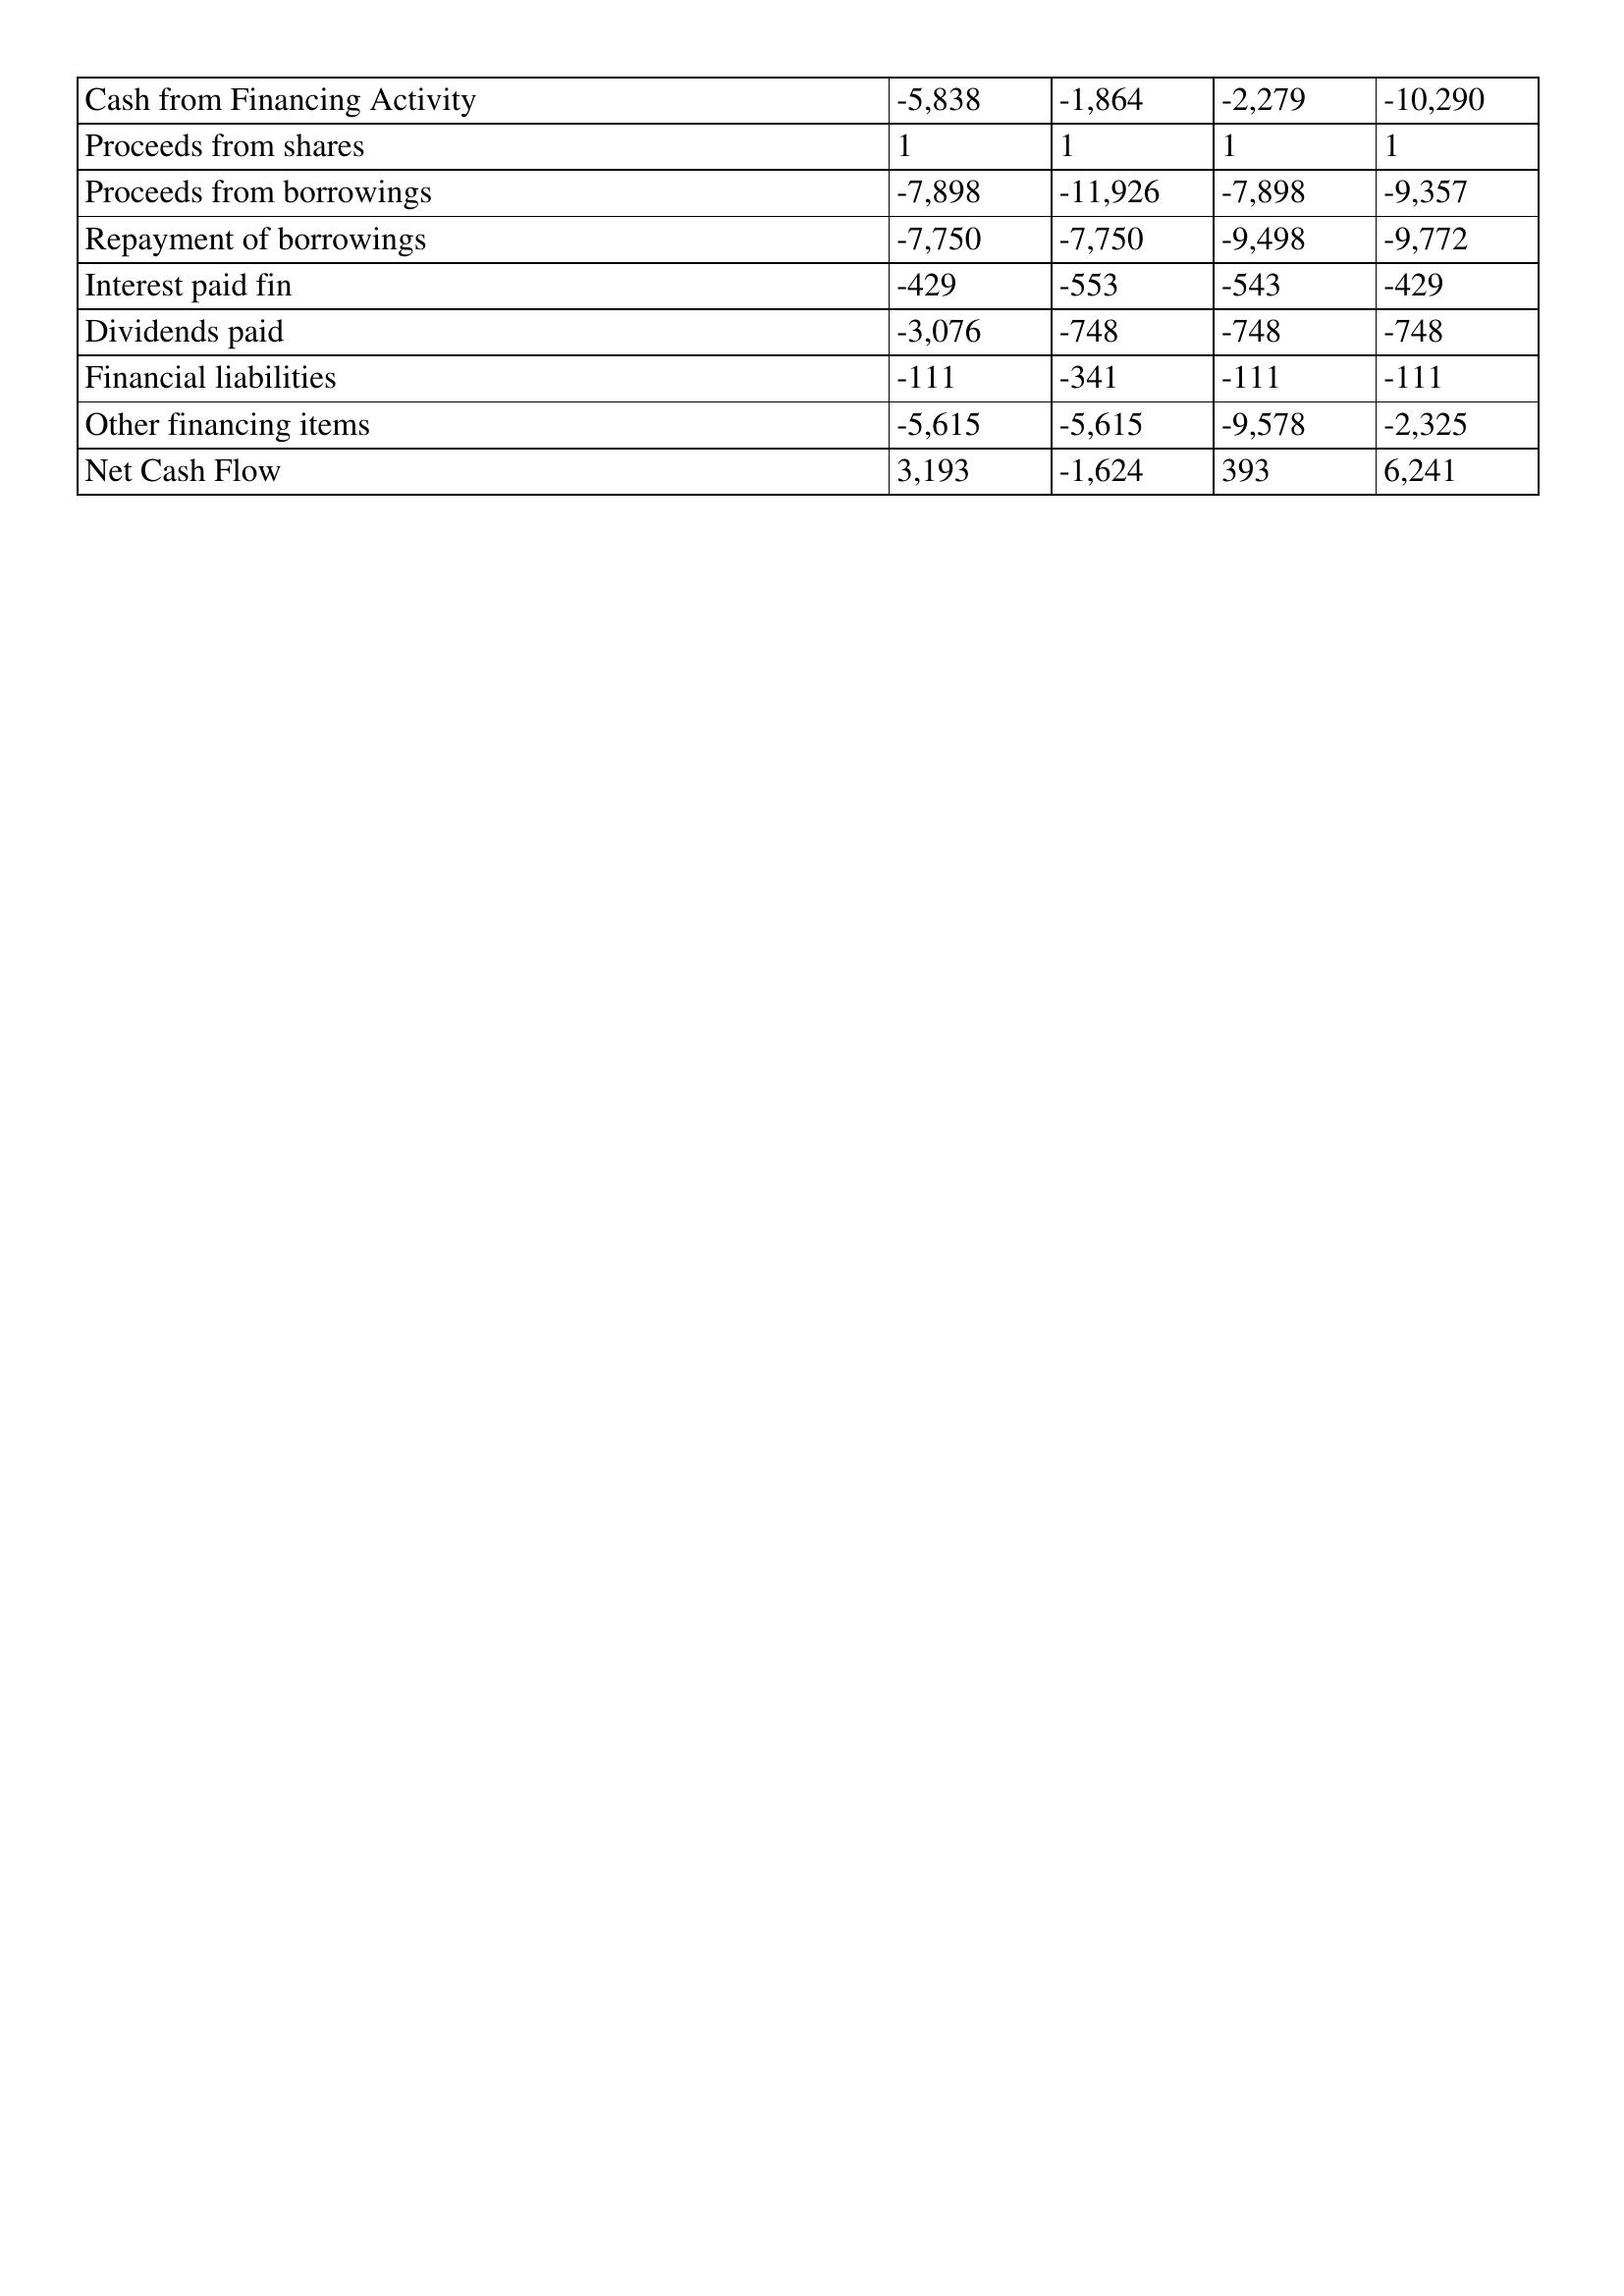
gt_parse: 1996: Cash Flows: Cash from Financing Activity: -5,838
Proceeds from shares: 1
Proceeds from borrowings: -7,898
Repayment of borrowings: -7,750
Interest paid fin: -429
Dividends paid: -3,076
Financial liabilities: -111
Other financing items: -5,615
Net Cash Flow: 3,193
1995: Cash Flows: Cash from Financing Activity: -1,864
Proceeds from shares: 1
Proceeds from borrowings: -11,926
Repayment of borrowings: -7,750
Interest paid fin: -553
Dividends paid: -748
Financial liabilities: -341
Other financing items: -5,615
Net Cash Flow: -1,624
1994: Cash Flows: Cash from Financing Activity: -2,279
Proceeds from shares: 1
Proceeds from borrowings: -7,898
Repayment of borrowings: -9,498
Interest paid fin: -543
Dividends paid: -748
Financial liabilities: -111
Other financing items: -9,578
Net Cash Flow: 393
1993: Cash Flows: Cash from Financing Activity: -10,290
Proceeds from shares: 1
Proceeds from borrowings: -9,357
Repayment of borrowings: -9,772
Interest paid fin: -429
Dividends paid: -748
Financial liabilities: -111
Other financing items: -2,325
Net Cash Flow: 6,241